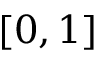
[ 0 , 1 ]